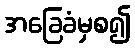
အခြေခံမှစ၍